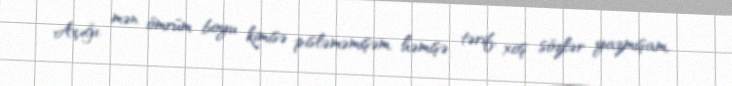
Açığı, mən ömrüm boyu kimisə pisləməmişəm, həmişə tərif, xoş sözlər yazmışam,